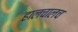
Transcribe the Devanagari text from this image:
हालचालच